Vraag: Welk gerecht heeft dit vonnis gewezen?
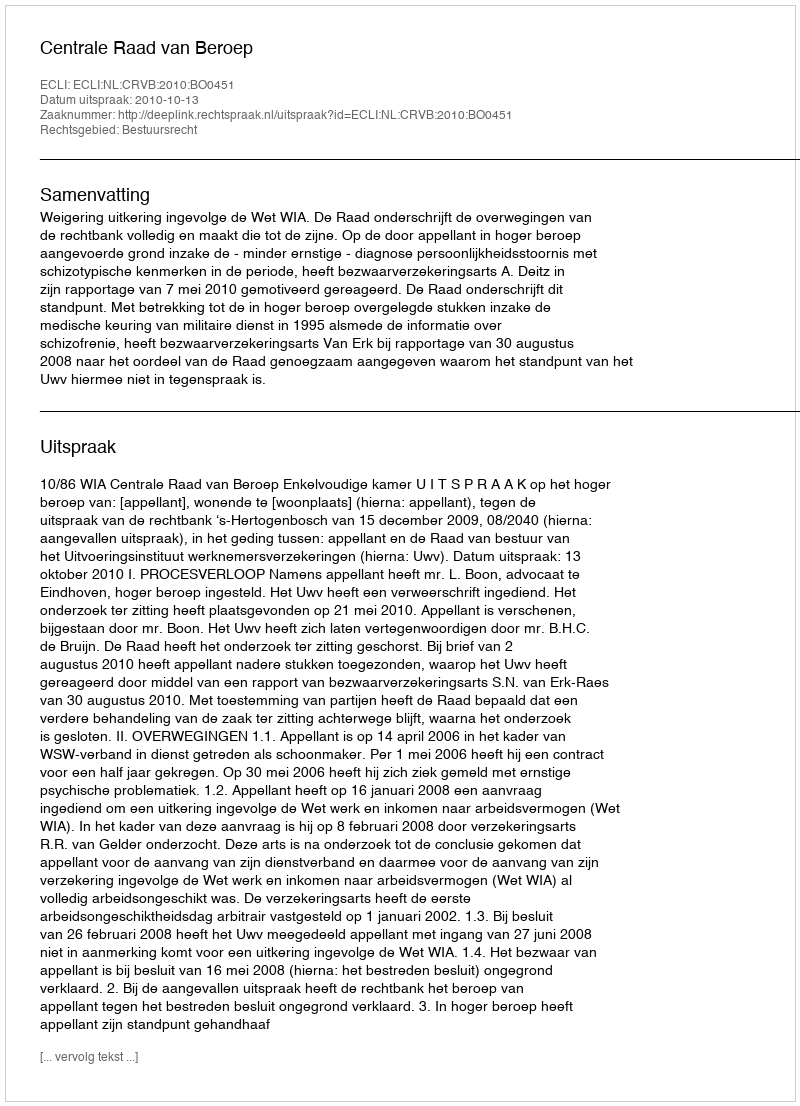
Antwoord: Centrale Raad van Beroep